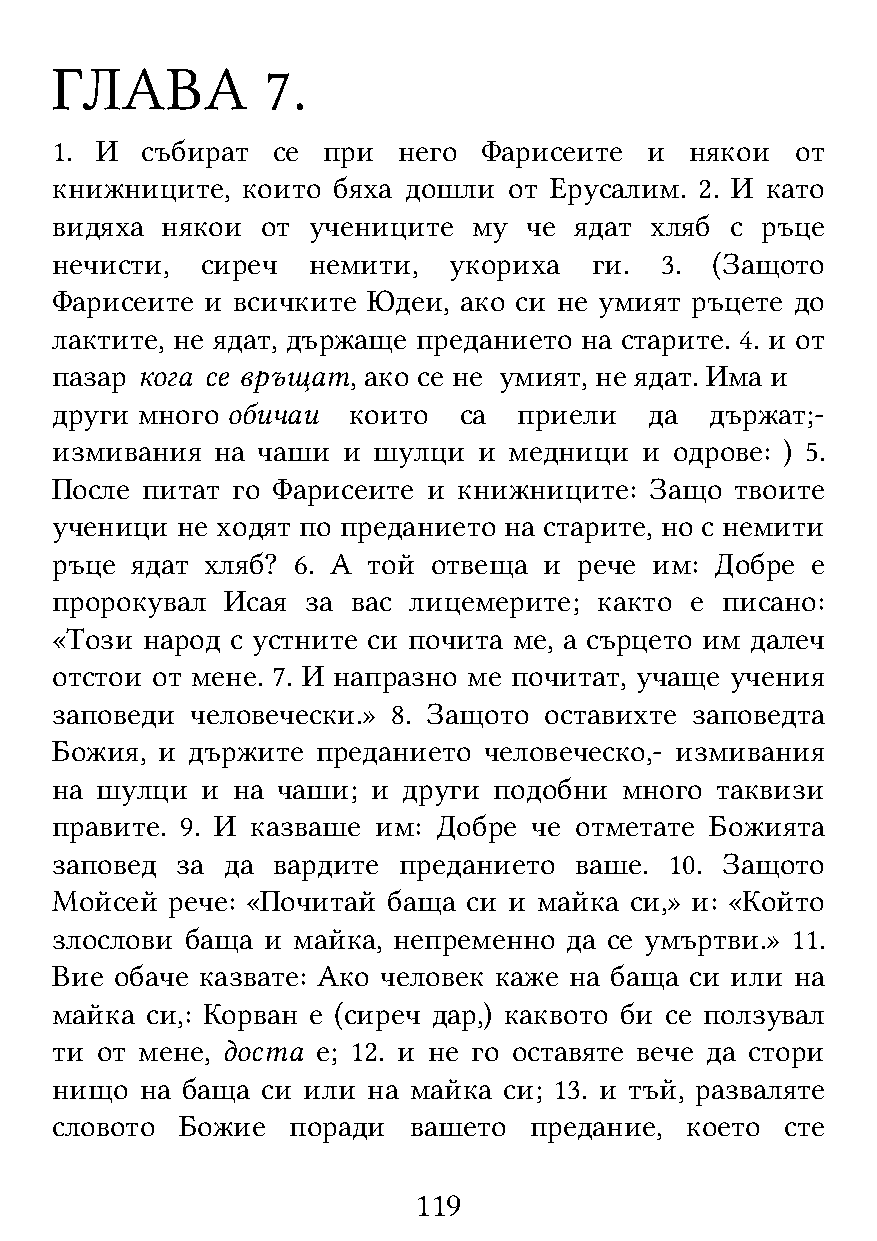
ГЛАВА          7.
 1. И  събират  се при  него  Фарисеите  и  някои  от
 книжниците,  които бяха дошли  от Ерусалим. 2. И като
 видяха  някои от учениците  му  че ядат хляб с ръце
 нечисти,  сиреч  немити,   укориха  ги.  3. (Защото
 Фарисеите  и всичките Юдеи, ако си не умият ръцете до
 лактите, не ядат, държаще преданието на старите. 4. и от
 пазар кога се връщат, ако се не умият, не ядат. Има и
 други много обичаи  които  са  приели   да  държат;-
 измивания  на чаши  и шулци  и медници  и одрове: ) 5.
 После питат го Фарисеите и книжниците:  Защо  твоите
 ученици  не ходят по преданието на старите, но с немити
 ръце  ядат хляб? 6. А той отвеща и рече им: Добре  е
 пророкувал  Исая за вас лицемерите;  както е писано:
 «Този народ с устните си почита ме, а сърцето им далеч
 отстои от мене. 7. И напразно ме почитат, учаще учения
 заповеди  человечески.» 8. Защото оставихте заповедта
 Божия, и държите  преданието человеческо,- измивания
 на шулци  и на чаши;  и други подобни много таквизи
 правите. 9. И казваше им: Добре че отметате Божията
 заповед  за да вардите преданието  ваше. 10. Защото
 Мойсей  рече: «Почитай баща си и майка си,» и: «Който
 злослови баща и майка, непременно да се умъртви.» 11.
 Вие  обаче казвате: Ако человек каже на баща си или на
 майка  си,: Корван е (сиреч дар,) каквото би се ползувал
 ти от мене, доста е; 12. и не го оставяте вече да стори
 нищо  на баща си или на майка си; 13. и тъй, разваляте
 словото  Божие  поради  вашето  предание, което  сте
 119